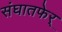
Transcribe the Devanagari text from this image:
संघातफेर्